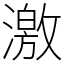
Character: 激